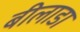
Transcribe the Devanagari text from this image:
बीलाडा